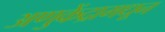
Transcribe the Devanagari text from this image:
अणुकेंद्रामधून